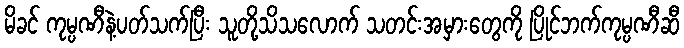
မိခင် ကုမ္ပဏီနဲ့ပတ်သက်ပြီး သူတို့သိသလောက် သတင်းအမှားတွေကို ပြိုင်ဘက်ကုမ္ပဏီဆီ